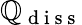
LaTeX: \mathbb{Q}_{\mathrm{{~d~i~s~s~}}}